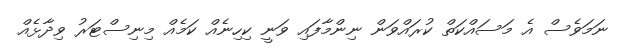
ނަމަވެސް އެ މަސައްކަތް ކުރައްވަން ނިންމާފައި ވަނީ ކިހިނެއް ކަމެއް މިނިސްޓަރު ވިދާޅެއް